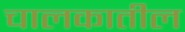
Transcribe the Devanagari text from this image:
चालकातील